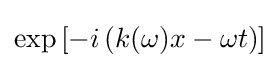
\exp \left[-i\left(k(\omega )x-\omega t\right)\right]